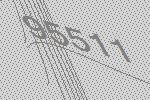
95511